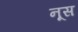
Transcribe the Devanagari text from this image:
नूस